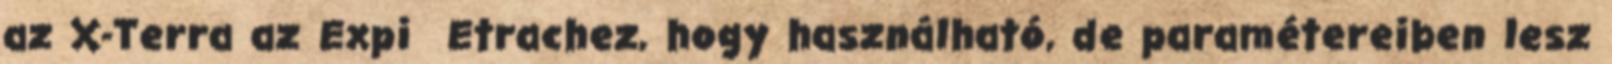
az X-Terra az Expi Etrachez, hogy használható, de paramétereiben lesz